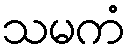
သမကံ